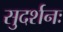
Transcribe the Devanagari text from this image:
सुदर्शनः